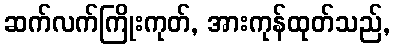
ဆက်လက်ကြိုးကုတ်, အားကုန်ထုတ်သည်,